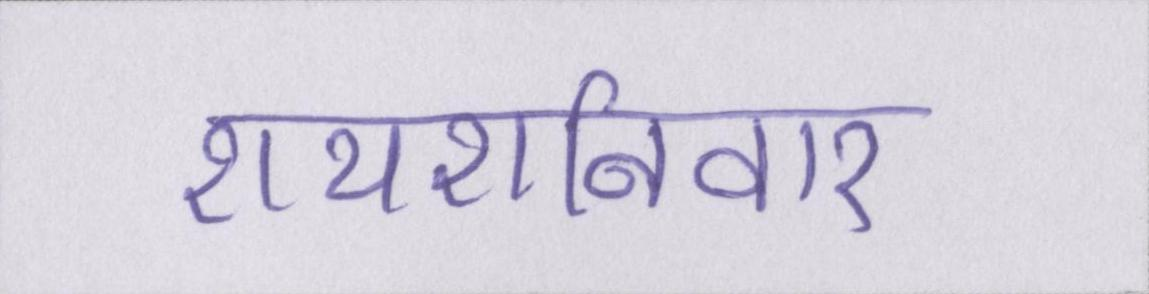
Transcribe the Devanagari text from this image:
रायशनिवार